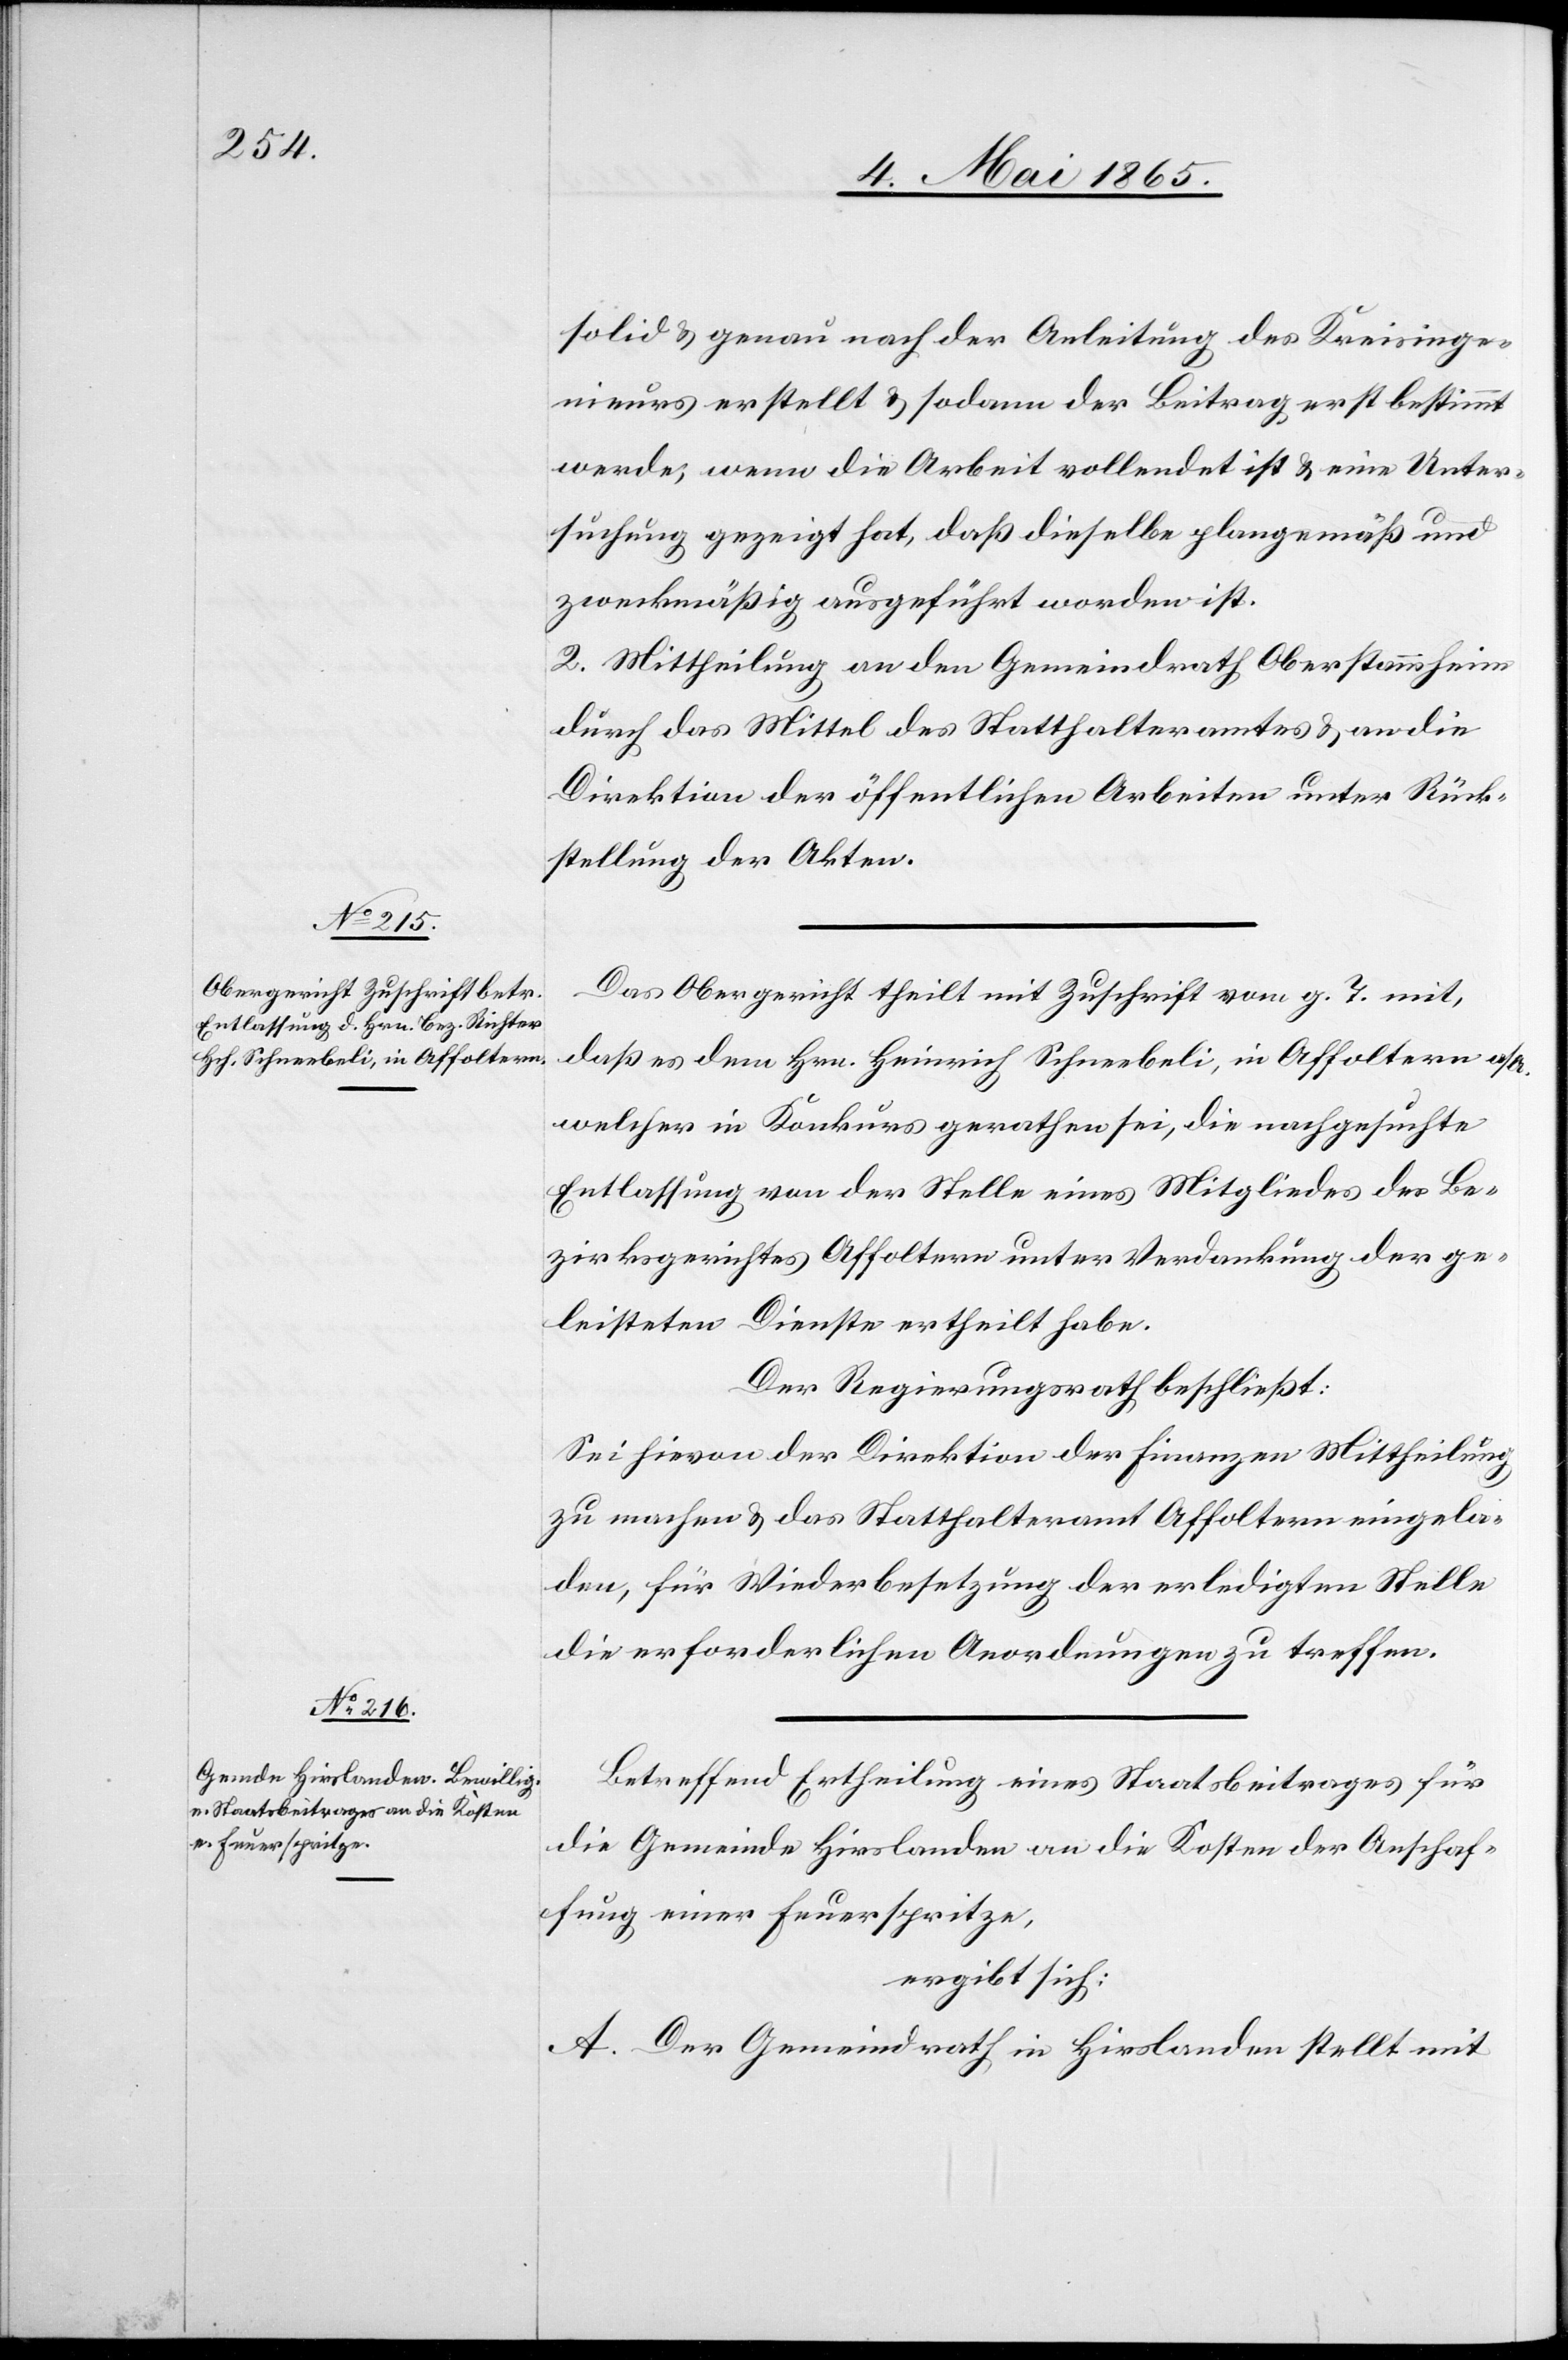
solid & genau nach der Anleitung des Kreisinge¬
nieurs erstellt & sodann der Beitrag erst bestimmt
werde, wenn die Arbeit vollendet ist & eine Unter¬
suchung gezeigt hat, daß dieselbe plangemäß und
zweckmäßig ausgeführt worden ist.
2. Mittheilung an den Gemeindrath Oberstammheim
durch das Mittel des Statthalteramtes & an die
Direktion der öffentlichen Arbeiten unter Rück¬
stellung der Akten.
Das Obergericht theilt mit Zuschrift vom g. T. mit,
daß es dem Hrn. Heinrich Schneebeli, in Affoltern a/A.
welcher in Konkurs gerathen sei, die nachgesuchte
Entlassung von der Stelle eines Mitgliedes des Be¬
zirksgerichtes Affoltern unter Verdankung der ge¬
leisteten Dienste ertheilt habe.
Der Regierungsrath beschließt:
Sei hievon der Direktion der Finanzen Mittheilung
zu machen & das Statthalteramt Affoltern eingela¬
den, für Wiederbesetzung der erledigten Stelle
die erforderlichen Anordnungen zu treffen.
Betreffend Ertheilung eines Staatsbeitrages für
die Gemeinde Hirslanden an die Kosten der Anschaf¬
fung einer Feuerspritze,
ergibt sich:
A. Der Gemeindrath in Hirslanden stellt mit